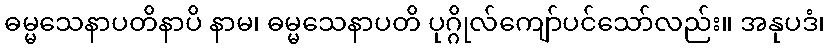
ဓမ္မသေနာပတိနာပိ နာမ၊ ဓမ္မသေနာပတိ ပုဂ္ဂိုလ်ကျော်ပင်သော်လည်း။ အနုပဒံ၊